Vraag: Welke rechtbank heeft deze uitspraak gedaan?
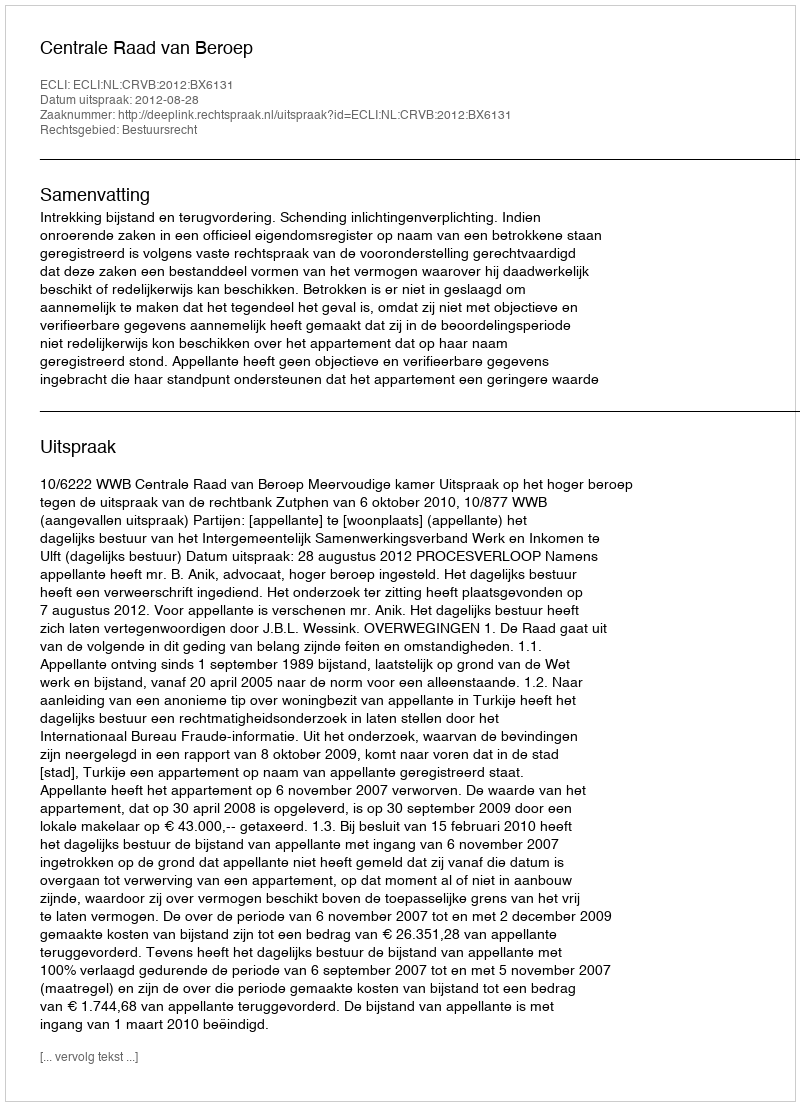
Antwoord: Centrale Raad van Beroep